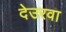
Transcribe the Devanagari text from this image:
देउरवा